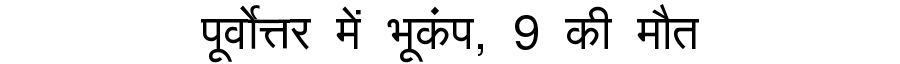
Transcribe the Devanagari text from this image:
पूर्वोत्तर में भूकंप, 9 की मौत